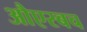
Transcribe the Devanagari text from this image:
औएरबच